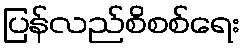
ပြန်လည်စိစစ်ရေး